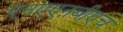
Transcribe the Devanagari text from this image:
एनएएऩबीएच